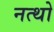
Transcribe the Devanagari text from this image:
नत्थो